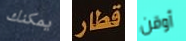
يمكنك قطار أوقن